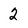
Character: 2